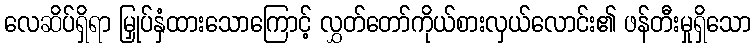
လေဆိပ်ရှိရာ မြှုပ်နှံထားသောကြောင့် လွှတ်တော်ကိုယ်စားလှယ်လောင်း၏ ဖန်တီးမှုရှိသော